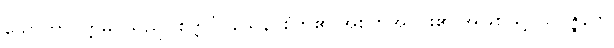
သောတာပတ္တိမဂ်သည်။ စိတ္တင်္ဂဝသေန၊ စိတ်၏ အစိတ်အပိုင်း၏ အဖြစ်ဖြင့်။ ဥပ္ပဇ္ဇနက